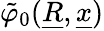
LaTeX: \tilde{\varphi}_{0}(\underline{{R}},\underline{{x}})